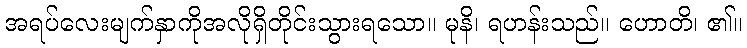
အရပ်လေးမျက်နှာကိုအလိုရှိတိုင်းသွားရသော။ မုနိ၊ ရဟန်းသည်။ ဟောတိ၊ ၏။